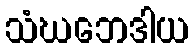
သံဃဘေဒါယ